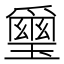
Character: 𱯭